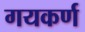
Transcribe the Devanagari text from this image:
गयकर्ण